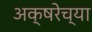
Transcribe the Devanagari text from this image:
अक्षरेच्या